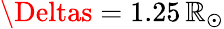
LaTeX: \Deltas=1.25\, \mathbb{R}_{\odot}